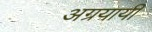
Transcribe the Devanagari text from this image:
अग्रयायी